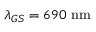
\lambda _ { G S } = 6 9 0 ~ \mathrm { n m }